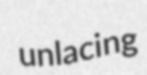
unlacing